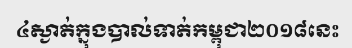
៤ស្ងាត់ក្នុងបាល់ទាត់កម្ពុជា២០១៨នេះ